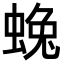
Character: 𮔛